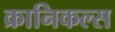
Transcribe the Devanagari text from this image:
क्रानिकल्स